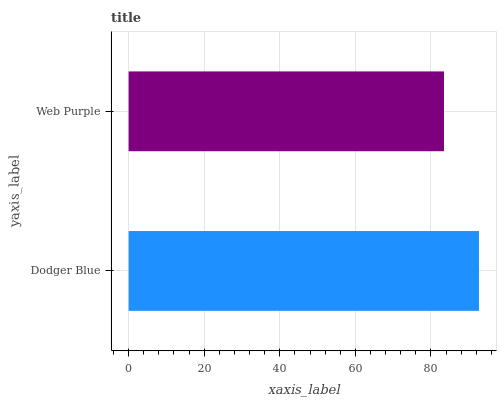
| yaxis_label | bars |
 | --- | --- |
 | Dodger Blue | 92.7 |
 | Web Purple | 83.4 |